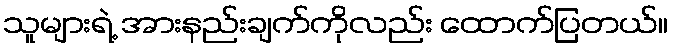
သူများရဲ့ အားနည်းချက်ကိုလည်း ထောက်ပြတယ်။